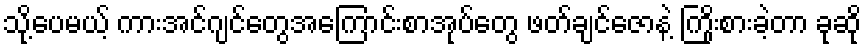
သို့ပေမယ့် ကားအင်ဂျင်တွေအကြောင်းစာအုပ်တွေ ဖတ်ချင်ဇောနဲ့ ကြိုးစားခဲ့တာ ခုဆို